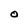
Character: O